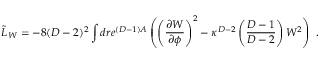
{ \tilde { \cal L } } _ { W } = - 8 ( D - 2 ) ^ { 2 } \int d r e ^ { ( D - 1 ) A } \left( \left( { \frac { \partial W } { \partial \phi } } \right) ^ { 2 } - \kappa ^ { D - 2 } \left( { \frac { D - 1 } { D - 2 } } \right) W ^ { 2 } \right) \ .